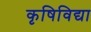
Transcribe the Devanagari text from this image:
कृषिविद्या